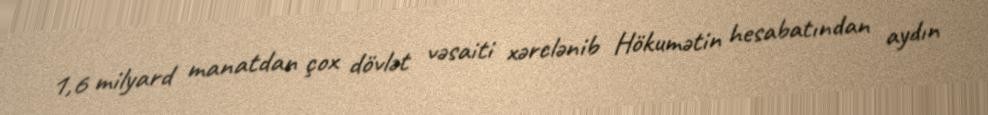
1,6 milyard manatdan çox dövlət vəsaiti xərclənib Hökumətin hesabatından aydın